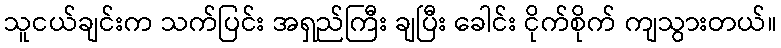
သူငယ်ချင်းက သက်ပြင်း အရှည်ကြီး ချပြီး ခေါင်း ငိုက်စိုက် ကျသွားတယ်။